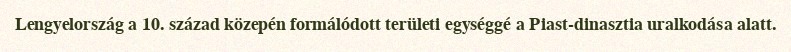
Lengyelország a 10. század közepén formálódott területi egységgé a Piast-dinasztia uralkodása alatt.